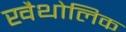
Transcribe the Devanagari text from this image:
खैथोलिक